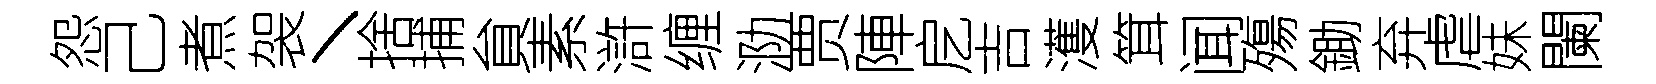
怨己煮袈丶捨捕貟素滸缠泐贾陣戹吉濩䇯闻殤鋤弃虐妹闌